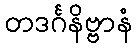
တဒင်္ဂနိဗ္ဗာနံ